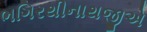
ભગિરથીનાથજીએ